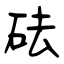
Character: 砝